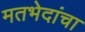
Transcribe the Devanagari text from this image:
मतभेदांचा